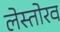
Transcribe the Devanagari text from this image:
लेस्तोरव